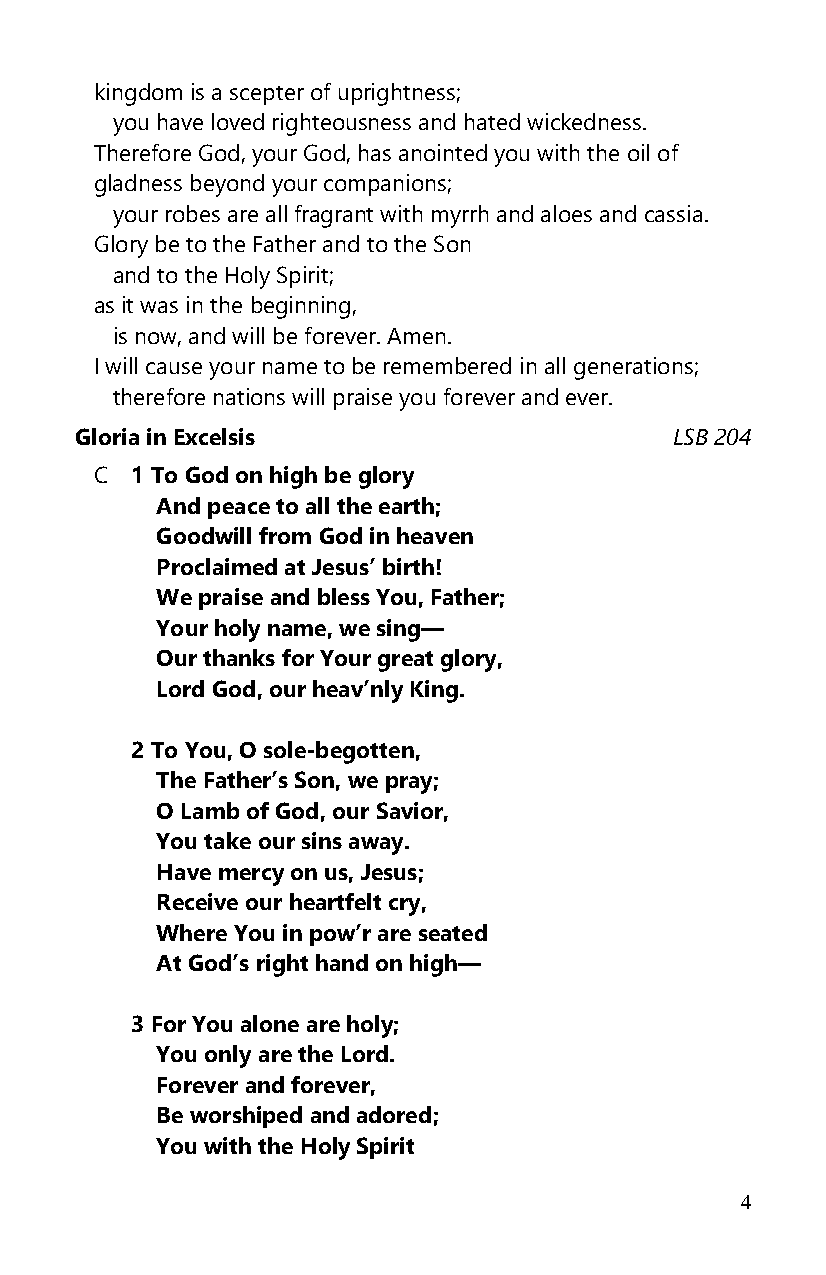
kingdom is a scepter of uprightness;
 you have loved righteousness and hated wickedness.
 Therefore God, your God, has anointed you with the oil of
 gladness beyond your companions;
 your robes are all fragrant with myrrh and aloes and cassia.
 Glory be to the Father and to the Son
 and to the Holy Spirit;
 as it was in the beginning,
 is now, and will be forever. Amen.
 I will cause your name to be remembered in all generations;
 therefore nations will praise you forever and ever.
 Gloria in Excelsis                     LSB 204
 C  1 To God on high be glory
 And peace to all the earth;
 Goodwill from God in heaven
 Proclaimed at Jesus’ birth!
 We praise and bless You, Father;
 Your holy name, we sing—
 Our thanks for Your great glory,
 Lord God, our heav’nly King.
 2 To You, O sole-begotten,
 The Father’s Son, we pray;
 O Lamb of God, our Savior,
 You take our sins away.
 Have mercy on us, Jesus;
 Receive our heartfelt cry,
 Where You in pow’r are seated
 At God’s right hand on high—
 3 For You alone are holy;
 You only are the Lord.
 Forever and forever,
 Be worshiped and adored;
 You with the Holy Spirit
 4